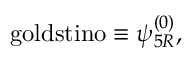
\mathrm { g o l d s t i n o } \equiv \psi _ { 5 R } ^ { ( 0 ) } ,